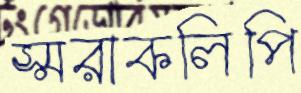
স্মরাকলিপি